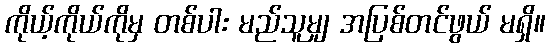
ကိုယ့်ကိုယ်ကိုမှ တစ်ပါး မည်သူမျှ အပြစ်တင်ဖွယ် မရှိ။